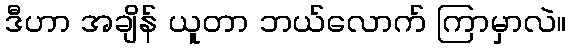
ဒီဟာ အချိန် ယူတာ ဘယ်လောက် ကြာမှာလဲ။